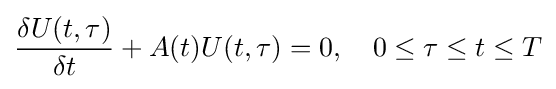
{\frac {\mathrm {\delta } U(t,\tau )}{\mathrm {\delta } t}}+A(t)U(t,\tau )=0,\quad 0\leq \tau \leq t\leq T